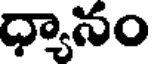
ధ్యానం